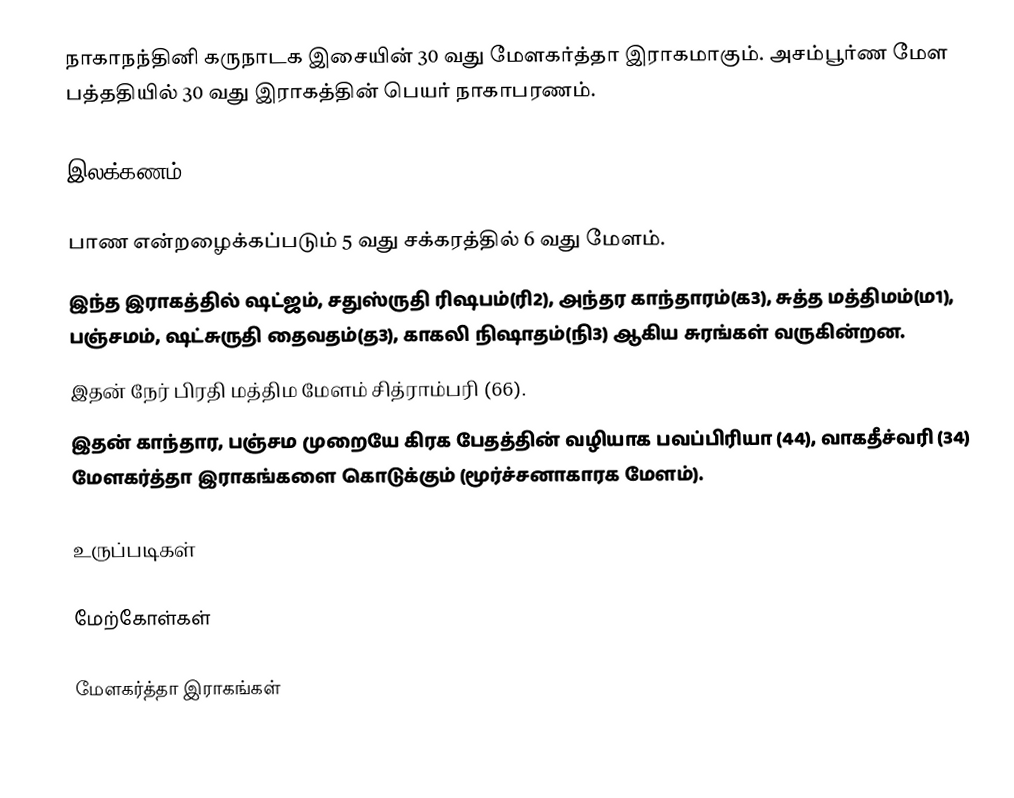
நாகாநந்தினி கருநாடக இசையின் 30 வது மேளகர்த்தா இராகமாகும். அசம்பூர்ண மேள பத்ததியில் 30 வது இராகத்தின் பெயர் நாகாபரணம்.

இலக்கணம்

 பாண என்றழைக்கப்படும் 5 வது சக்கரத்தில் 6 வது மேளம்.
 இந்த இராகத்தில் ஷட்ஜம், சதுஸ்ருதி ரிஷபம்(ரி2), அந்தர காந்தாரம்(க3), சுத்த மத்திமம்(ம1), பஞ்சமம், ஷட்சுருதி தைவதம்(த3), காகலி நிஷாதம்(நி3) ஆகிய சுரங்கள் வருகின்றன.
 இதன் நேர் பிரதி மத்திம மேளம் சித்ராம்பரி (66).
 இதன் காந்தார, பஞ்சம முறையே கிரக பேதத்தின் வழியாக பவப்பிரியா (44), வாகதீச்வரி (34) மேளகர்த்தா இராகங்களை கொடுக்கும் (மூர்ச்சனாகாரக மேளம்).

உருப்படிகள்

மேற்கோள்கள்

மேளகர்த்தா இராகங்கள்